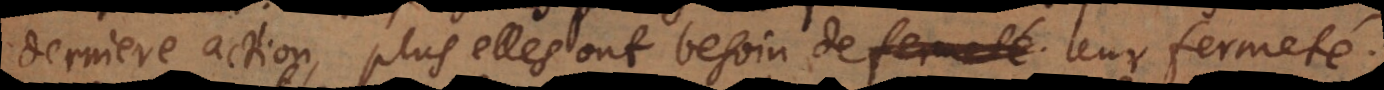
derniere action, plus elles ont besoin de leur fermeté.